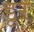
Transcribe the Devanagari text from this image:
डूर